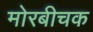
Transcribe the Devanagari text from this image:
मोरबीचक